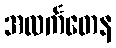
အလင်္ကတေန